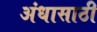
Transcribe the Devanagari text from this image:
अंधासाठी